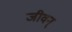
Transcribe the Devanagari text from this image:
जीवन्